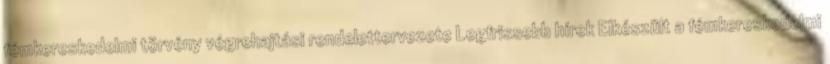
fémkereskedelmi törvény végrehajtási rendelettervezete Legfrissebb hírek Elkészült a fémkereskedelmi